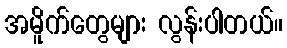
အမိူက်တွေများ လွန်းပါတယ်။